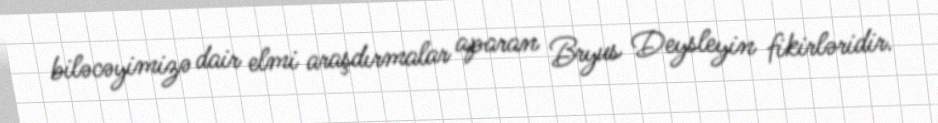
biləcəyimizə dair elmi araşdırmalar aparan Bryus Deysleyin fikirləridir.